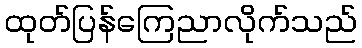
ထုတ်ပြန်ကြေညာလိုက်သည်